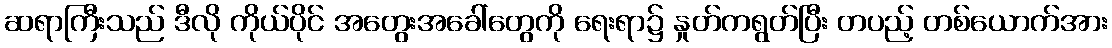
ဆရာကြီးသည် ဒီလို ကိုယ်ပိုင် အတွေးအခေါ်တွေကို ရေးရာ၌ နှုတ်ကရွတ်ပြီး တပည့် တစ်ယောက်အား